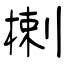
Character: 楋